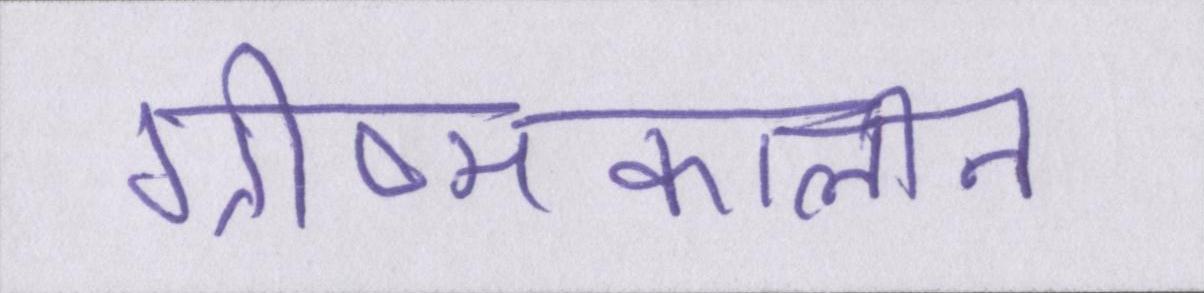
ग्रीष्मकालीन